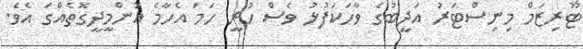
ޓޫރިޒަމް މިނިސްޓަރު އަދީބުގެ ވާހަކަފުޅު ވެސް ހުރީ ހަމަ އެހާމެ އުންމީދީގޮތެއްގަ އެވެ.